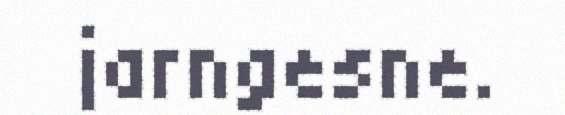
jarngesne.